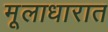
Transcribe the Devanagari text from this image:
मूलाधारात